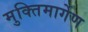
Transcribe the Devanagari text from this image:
मुक्तिमार्गेण